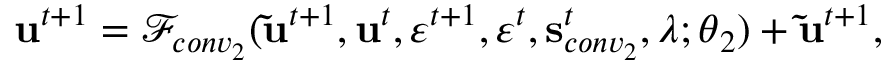
\mathbf { u } ^ { t + 1 } = \mathscr { F } _ { c o n v _ { 2 } } ( \mathbf { \widetilde { u } } ^ { t + 1 } , \mathbf { u } ^ { t } , \varepsilon ^ { t + 1 } , \varepsilon ^ { t } , \mathbf { s } _ { c o n v _ { 2 } } ^ { t } , \boldsymbol { \lambda } ; \boldsymbol { \theta } _ { 2 } ) + \mathbf { \widetilde { u } } ^ { t + 1 } ,